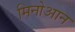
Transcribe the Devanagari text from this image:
मिनोआन